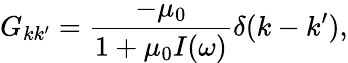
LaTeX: G_{kk^{\prime}}=\frac{-\mu_{0}}{1+\mu_{0}I(\omega)}\delta(k-k^{\prime}),